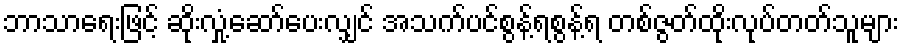
ဘာသာရေးဖြင့် ဆိုးလှုံ့ဆော်ပေးလျှင် အသက်ပင်စွန့်ရစွန့်ရ တစ်ဇွတ်ထိုးလုပ်တတ်သူများ